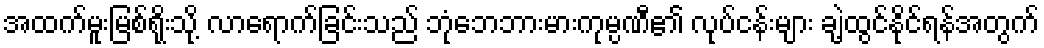
အထက်မူးမြစ်ရိုးသို့ လာရောက်ခြင်းသည် ဘုံဘေဘားမားကုမ္ပဏီ၏ လုပ်ငန်းများ ချဲ့ထွင်နိုင်ရန်အတွက်